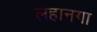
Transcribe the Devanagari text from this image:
लहानगा